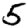
Digit: 5